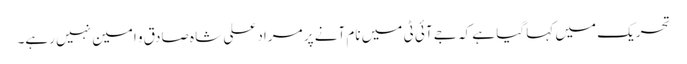
تحریک میں کہا گیا ہے کہ جے آئی ٹی میں نام آنے پر مراد علی شاہ صادق و امین نہیں رہے۔